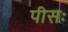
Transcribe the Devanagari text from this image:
पीसः